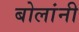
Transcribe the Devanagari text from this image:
बोलांनी